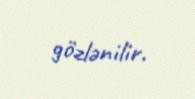
gözlənilir.